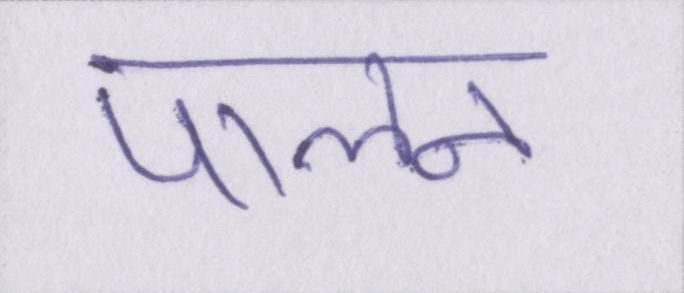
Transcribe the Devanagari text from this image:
पालन